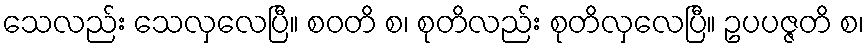
သေလည်း သေလှလေပြီ။ စဝတိ စ၊ စုတိလည်း စုတိလှလေပြီ။ ဥပပဇ္ဇတိ စ၊